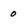
Character: 0